Code of medical and sanitary regulations for the guidance of medical officers serving in the Madras Presidency - Volume I
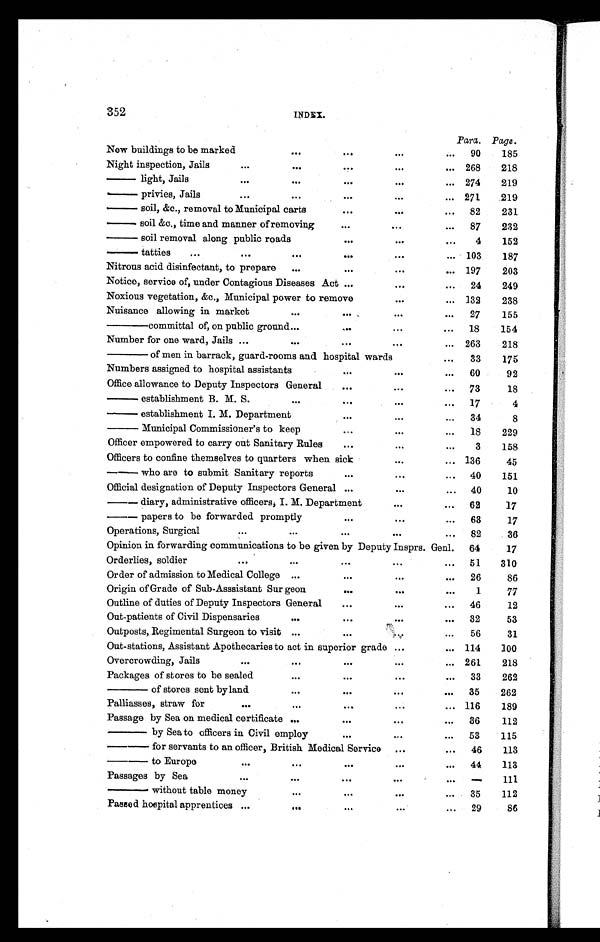
352
INDEX.
Para. Page.
New buildings to be marked
...
. . .
. . .
...
90
185
Night inspection, Jails
...
...
. . .
. . .
...
268
218
— l i g h t , J a i l s
...
...
. . .
. . .
... 274
219
— p r i v i e s , J a i l s
...
...
. . .
. . .
...
271
219
— soil, &c., removal to Municipal carts
...
...
...
82
231
— soil &c., time and manner of removing
. . .
...
...
87
232
— soil removal along public roads
...
. . .
...
4
152
— tatties
...
...
...
. . .
. . .
...
103
187
Nitrous acid disinfectant, to prepare
...
. . .
...
... 197
203
Notice, service of, under Contagious Diseases Act ...
...
...
24
249
Noxious vegetation, &c., Municipal power to remove
. . .
... 132
238
Nuisance allowing in market
...
. . .
. . .
...
27
155
—— committal of, on public ground ...
. . .
...
...
18
154
Number for one ward, Jails ...
...
. . .
...
... 263
218
—— of men in barrack, guard-rooms and hospital wards
...
33
175
Numbers assigned to hospital assistants
. . .
. . .
...
60
92
Office allowance to Deputy Inspectors General
. . .
. . .
...
73
18
— est abl i shment B. M. S.
...
. . .
. . .
...
17
4
— establishment I. M. Department
. . .
. . .
...
34
8
— Municipal Commissioner's to keep
...
. . .
...
18
229
Officer empowered to carry out Sanitary Rules
. . .
. . .
...
3
158
Officers to confine themselves to quarters when sick
. . .
... 136
45
— who are to submit Sanitary reports
...
...
...
40
151
Official designation of Deputy Inspectors General ...
. . .
...
40
10
— diary, administrative officers, I. M. Department
. . .
...
62
17
— papers to be forwarded promptly
. . .
. . .
...
63
17
Operations, Surgical
...
...
. . .
. . .
...
82
36
Opinion in forwarding communications to be given by Deputy Insprs. Genl.
64
17
Orderlies, soldier
...
...
. . .
...
...
51
310
Order of admission to Medical College ...
. . .
...
...
26
86
Origin of Grade of Sub-Asssistant Sur geon
. . .
. . .
...
1
77
Outline of duties of Deputy Inspectors General
. . .
. . .
...
46
12
Out-patients of Civil Dispensaries
...
. . .
. . .
...
32
53
Outposts, Regimental Surgeon to visit ...
. . .
. . .
...
56
31
Out-stations, Assistant Apothecaries to act in superior grade ...
... 114
100
Overcrowding, Jails
. . .
...
. . .
...
... 261
218
Packages of stores to be sealed
...
. . .
...
...
33
262
— — — o f s t o r e s s e n t b y l a n d
...
. . .
. . .
...
35
262
Palliasses, straw for
. . .
. . .
. . .
. . .
...
116
189
Passage by Sea on medical certificate ...
. . .
...
...
36
112
——— by Sea to officers in Civil employ
. . .
...
...
53
115
——— for servants to an officer, British Medical Service
...
...
46
113
——— to Europe
. . .
. . .
. . .
. . .
...
44
113
Passages by Sea
...
...
...
. . .
...
—
111
——— without table money
. . .
...
. . .
...
35
112
Passed hospital apprentices ...
. . .
. . .
...
...
29
86